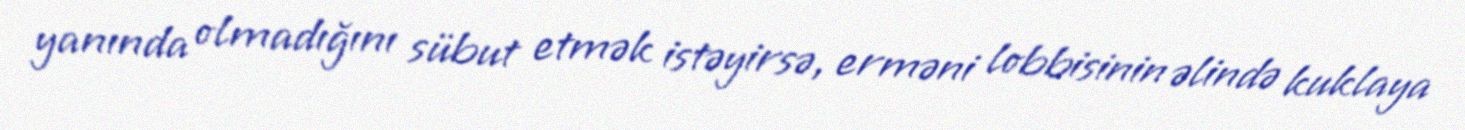
yanında olmadığını sübut etmək istəyirsə, erməni lobbisinin əlində kuklaya